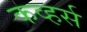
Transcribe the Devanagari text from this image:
कव्हर्स